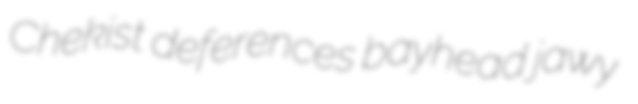
Chekist deferences bayhead jawy